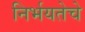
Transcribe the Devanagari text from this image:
निर्भयतेचे